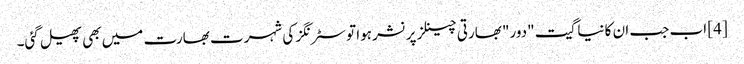
[4] اب جب ان کا نیا گیت "دور" بھارتی چینلز پر نشر ہوا تو سٹرنگز کی شہرت بھارت میں بھی پھیل گئی۔